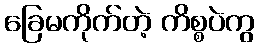
ခြေမကိုက်တဲ့ ကိစ္စပဲကွ